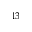
^ { 1 3 }